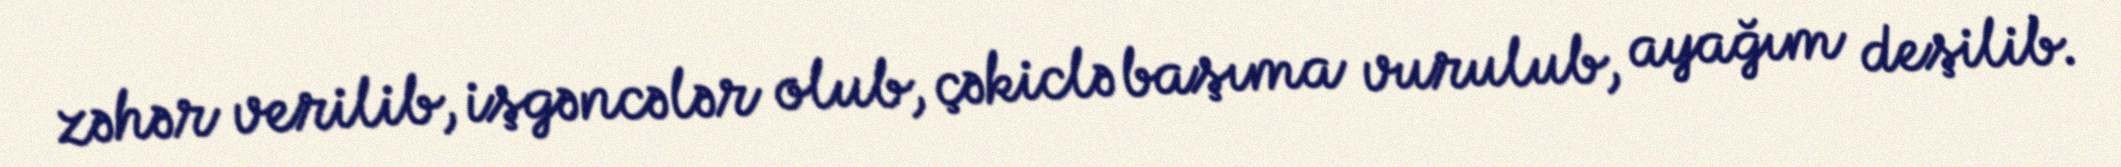
zəhər verilib, işgəncələr olub, çəkiclə başıma vurulub, ayağım deşilib.